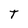
Character: T